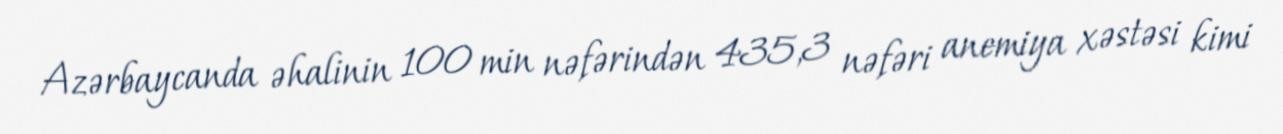
Azərbaycanda əhalinin 100 min nəfərindən 435,3 nəfəri anemiya xəstəsi kimi